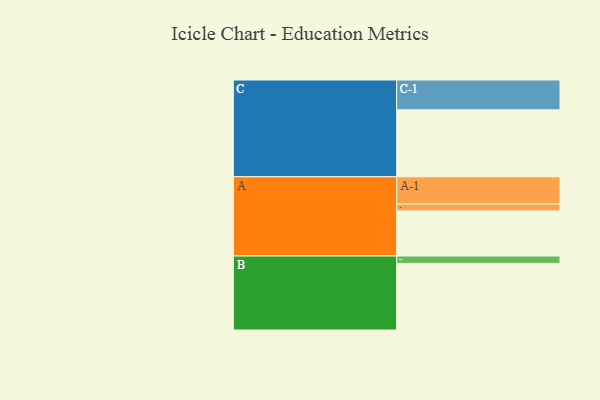
{"axis": {"x": "Segment", "y": "Value"}, "legend": ["", "A", "B", "C"], "data": [{"x": "A", "y": 372, "type": ""}, {"x": "B", "y": 549, "type": ""}, {"x": "C", "y": 552, "type": ""}, {"x": "A-1", "y": 225, "type": "A"}, {"x": "A-2", "y": 56, "type": "A"}, {"x": "B-1", "y": 61, "type": "B"}, {"x": "C-1", "y": 246, "type": "C"}]}